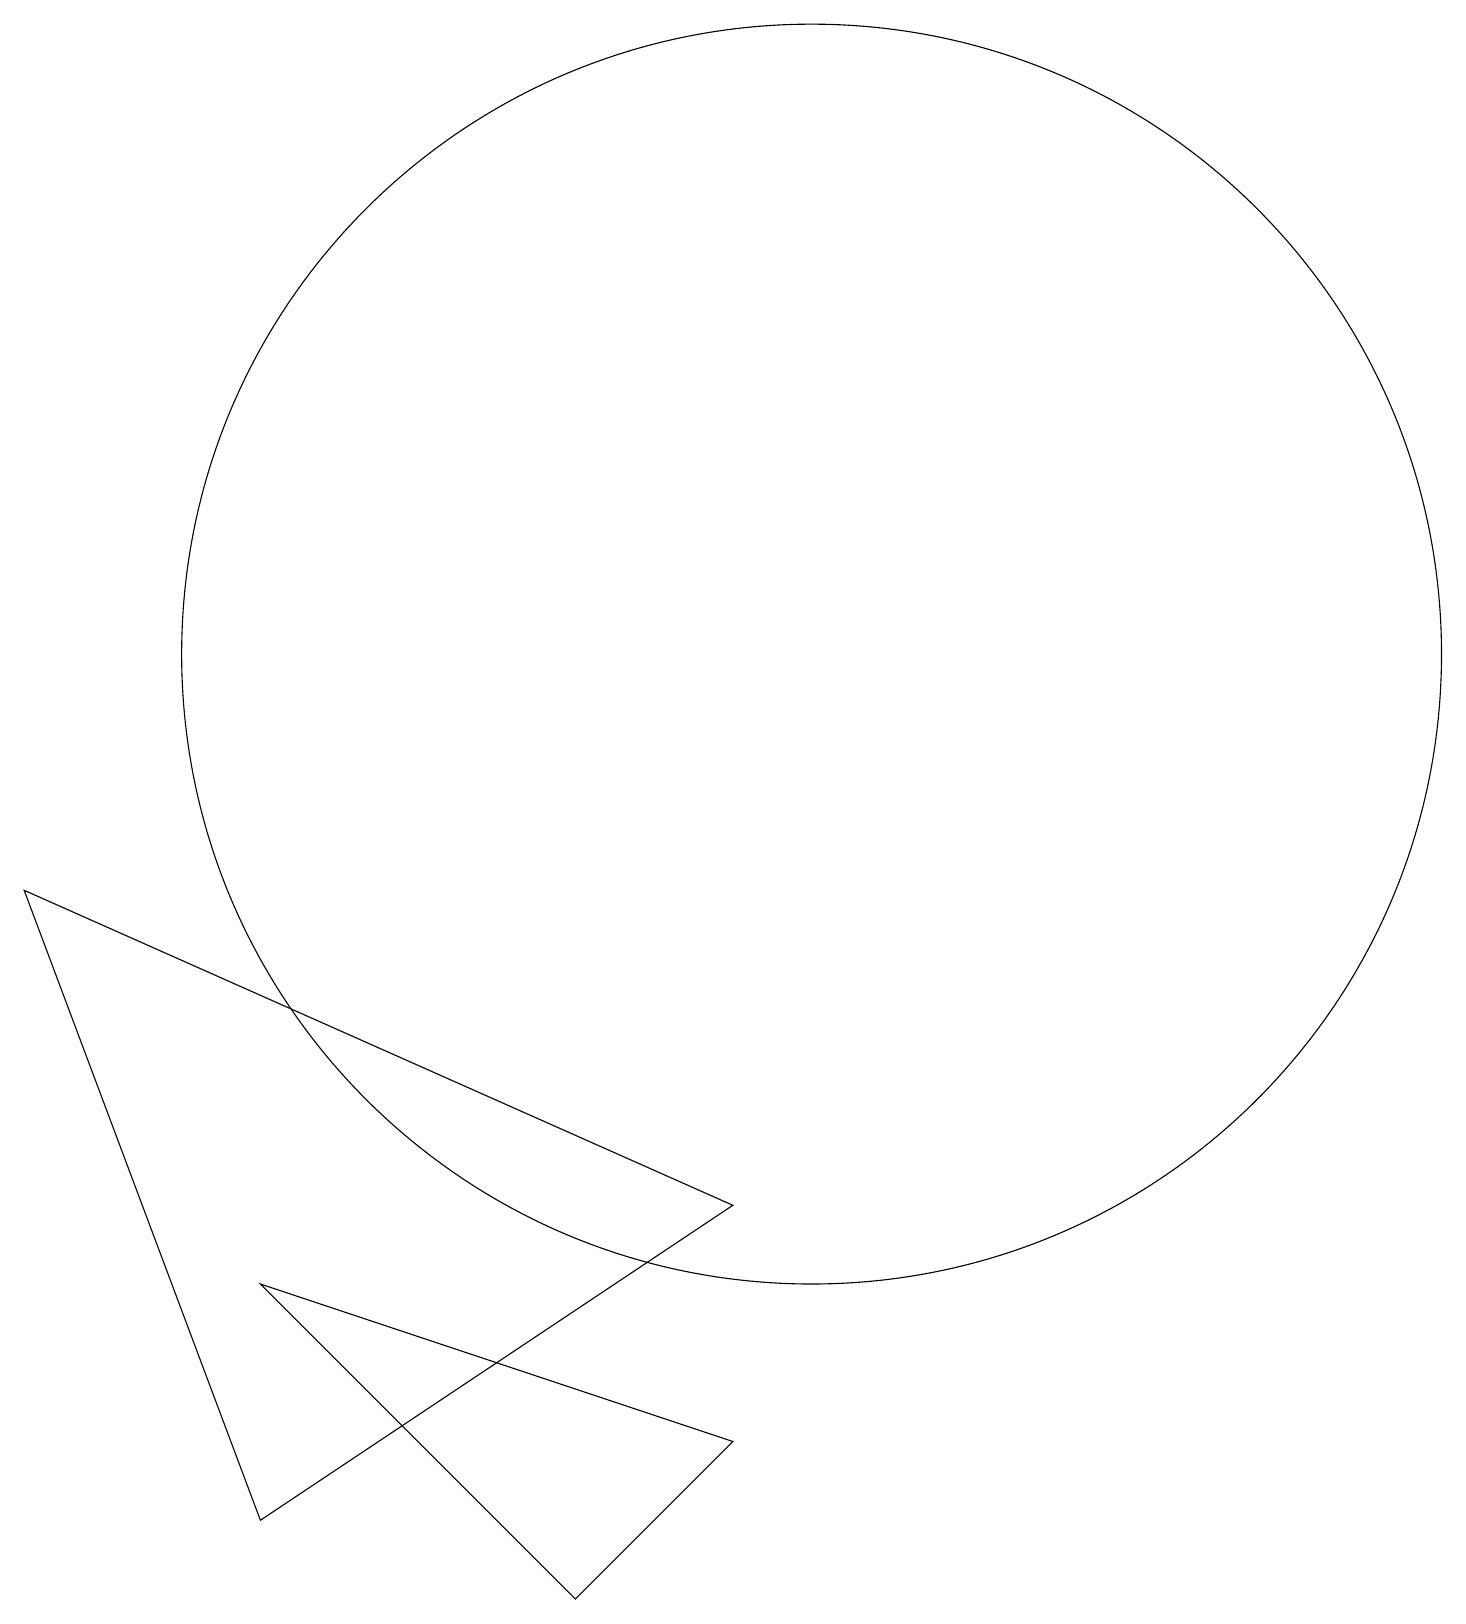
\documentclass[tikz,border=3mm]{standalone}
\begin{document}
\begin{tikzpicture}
\draw (7,0) -- (9,2) -- (3,4) -- cycle;
\draw (10,12) circle (8);
\draw (9,5) -- (0,9) -- (3,1) -- cycle;
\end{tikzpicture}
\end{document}